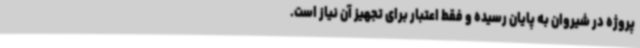
پروژه در شیروان به پایان رسیده و فقط اعتبار برای تجهیز آن نیاز است.